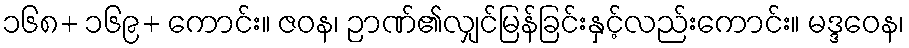
၁၆၈+ ၁၆၉+ ကောင်း။ ဇဝန၊ ဉာဏ်၏လျှင်မြန်ခြင်းနှင့်လည်းကောင်း။ မဒ္ဒဝေန၊